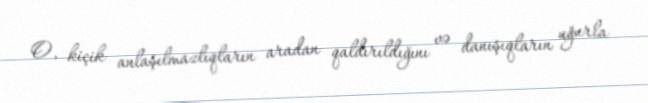
O, kiçik anlaşılmazlıqların aradan qaldırıldığını və danışıqların uğurla